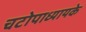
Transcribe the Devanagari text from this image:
चटोपाध्यायके